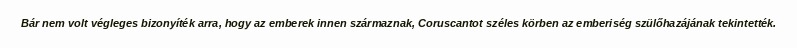
Bár nem volt végleges bizonyíték arra, hogy az emberek innen származnak, Coruscantot széles körben az emberiség szülőhazájának tekintették.